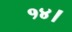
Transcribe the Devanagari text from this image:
१४।